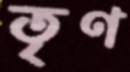
তৃণ